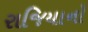
રાજિયાનો